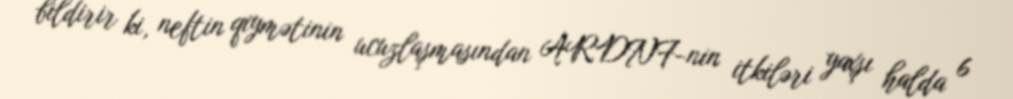
bildirir ki, neftin qiymətinin ucuzlaşmasından ARDNF-nin itkiləri yaxşı halda 6